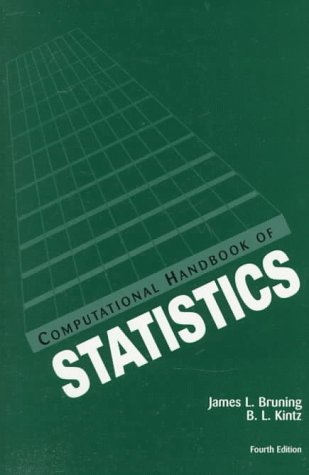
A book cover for Computational Handbook of Statistics (4th Edition); James L. Bruning; Business & Money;